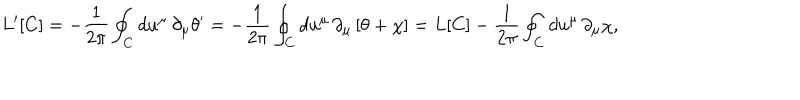
L ^ { \prime } [ C ] = - \frac { 1 } { 2 \pi } \oint _ { C } d u ^ { \mu } \, \partial _ { \mu } \theta ^ { \prime } = - \frac { 1 } { 2 \pi } \oint _ { C } d u ^ { \mu } \, \partial _ { \mu } \left[ \theta + \chi \right] = L [ C ] - \frac { 1 } { 2 \pi } \oint _ { C } d u ^ { \mu } \, \partial _ { \mu } \chi ,